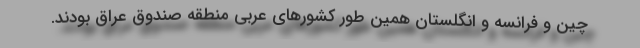
چین و فرانسه و انگلستان همین طور کشورهای عربی منطقه صندوق عراق بودند.